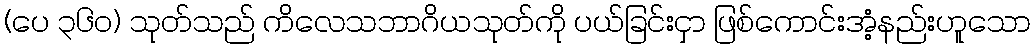
(ပေ ၃၆၀) သုတ်သည် ကိလေသဘာဂိယသုတ်ကို ပယ်ခြင်းငှာ ဖြစ်ကောင်းအံ့နည်းဟူသော